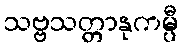
သဗ္ဗသတ္တာနုကမ္ပီ